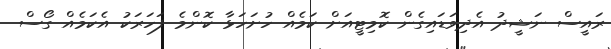
ރައީސް ނަޝީދު އެދިވަޑައިގެން ކޮމިޓީއަށް ކަމެއް ހުށަހަޅާ ކޮންމެ ފަހަރަކު އެކަމެއް ގޯސް